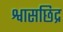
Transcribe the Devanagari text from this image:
श्वासछिद्र